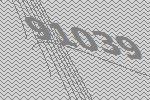
91039